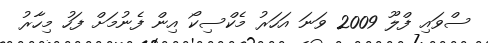
ސްވައި ފްލޫ 2009 ވަނަ އަހަރު މެކްސިކޯ އިން ފެނުމަށް ފަހު މިހާރު